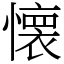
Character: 懐